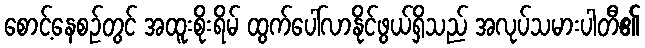
စောင့်နေစဉ်တွင် အထူးစိုးရိမ် ထွက်ပေါ်လာနိုင်ဖွယ်ရှိသည် အလုပ်သမားပါတီ၏